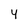
Character: 4